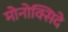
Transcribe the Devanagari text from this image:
मोनोक्सिदे